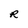
Character: R